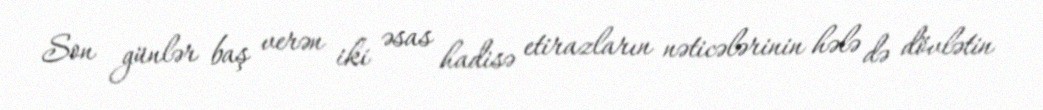
Son günlər baş verən iki əsas hadisə etirazların nəticələrinin hələ də dövlətin